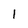
Character: l